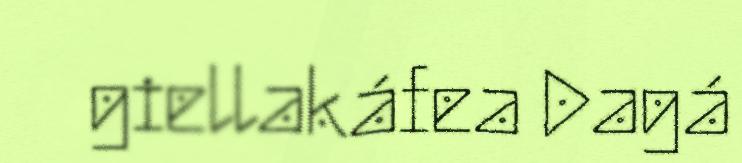
giellakáfea Dagá